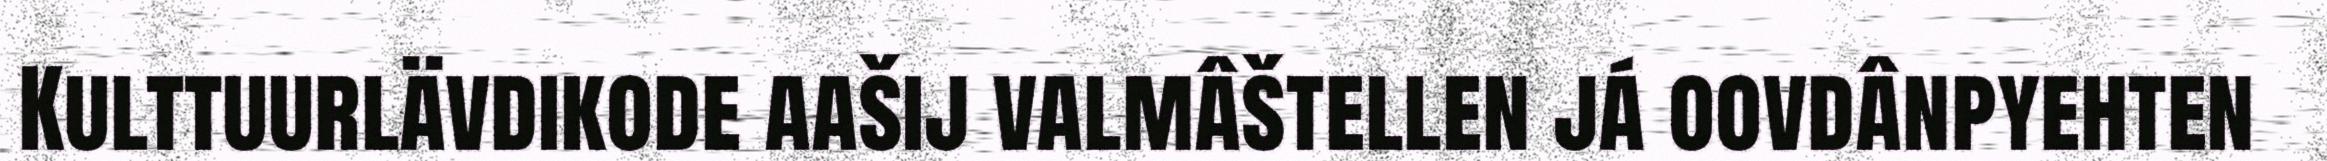
Kulttuurlävdikode aašij valmâštellen já oovdânpyehten